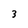
Character: 3